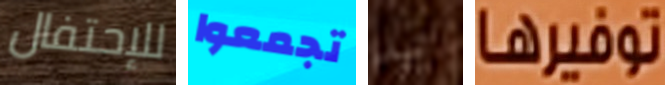
للإحتفال تجمعوا تيد توفيرها